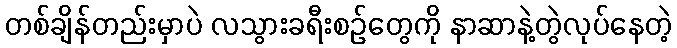
တစ်ချိန်တည်းမှာပဲ လသွားခရီးစဉ်တွေကို နာဆာနဲ့တွဲလုပ်နေတဲ့